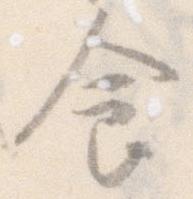
食